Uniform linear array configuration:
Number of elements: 48
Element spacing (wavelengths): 0.25
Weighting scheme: binomial
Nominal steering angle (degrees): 60
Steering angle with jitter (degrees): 60.835
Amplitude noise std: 0.05
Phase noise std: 0.05

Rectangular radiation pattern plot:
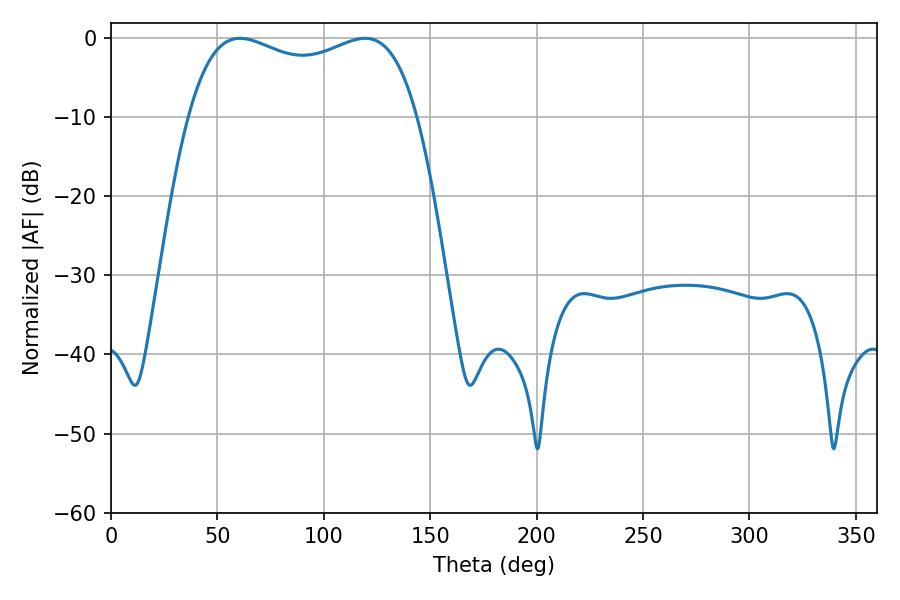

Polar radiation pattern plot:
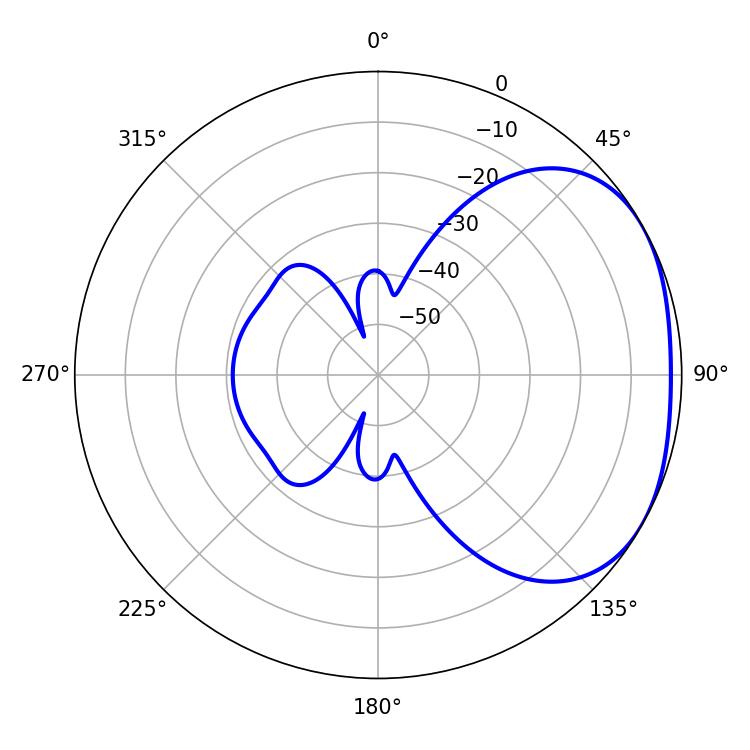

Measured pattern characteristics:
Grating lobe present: FALSE
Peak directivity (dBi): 2.318
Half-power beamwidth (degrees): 88.2
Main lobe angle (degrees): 60.66